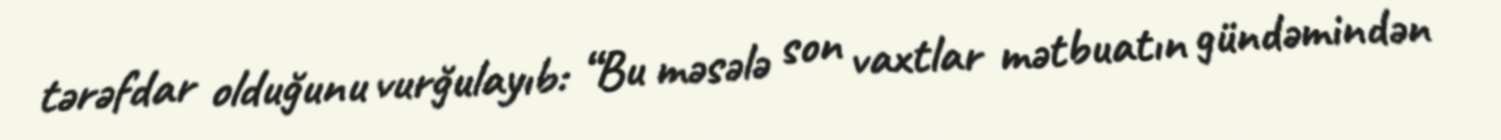
tərəfdar olduğunu vurğulayıb: “Bu məsələ son vaxtlar mətbuatın gündəmindən